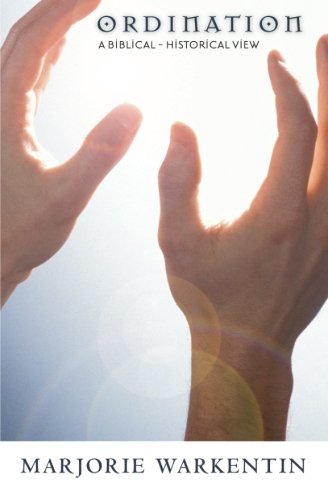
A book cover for Ordination: A Biblical-Historical View; Marjorie Warkentin; Christian Books & Bibles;